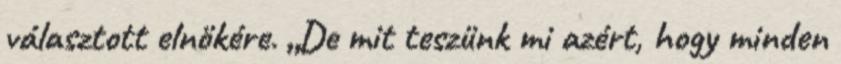
választott elnökére. „De mit teszünk mi azért, hogy minden